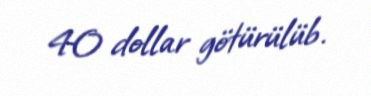
40 dollar götürülüb.